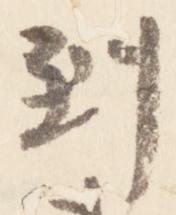
到